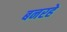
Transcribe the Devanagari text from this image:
बनरहे